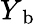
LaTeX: Y_{\mathrm{~b~}}